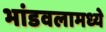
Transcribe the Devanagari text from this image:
भांडवलामध्ये